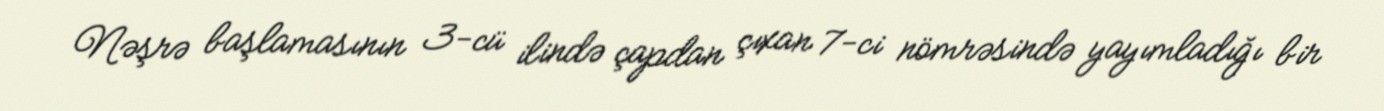
Nəşrə başlamasının 3-cü ilində çapdan çıxan 7-ci nömrəsində yayımladığı bir